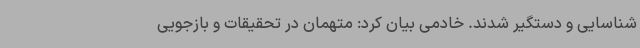
شناسایی و دستگیر شدند. خادمی بیان کرد: متهمان در تحقیقات و بازجویی